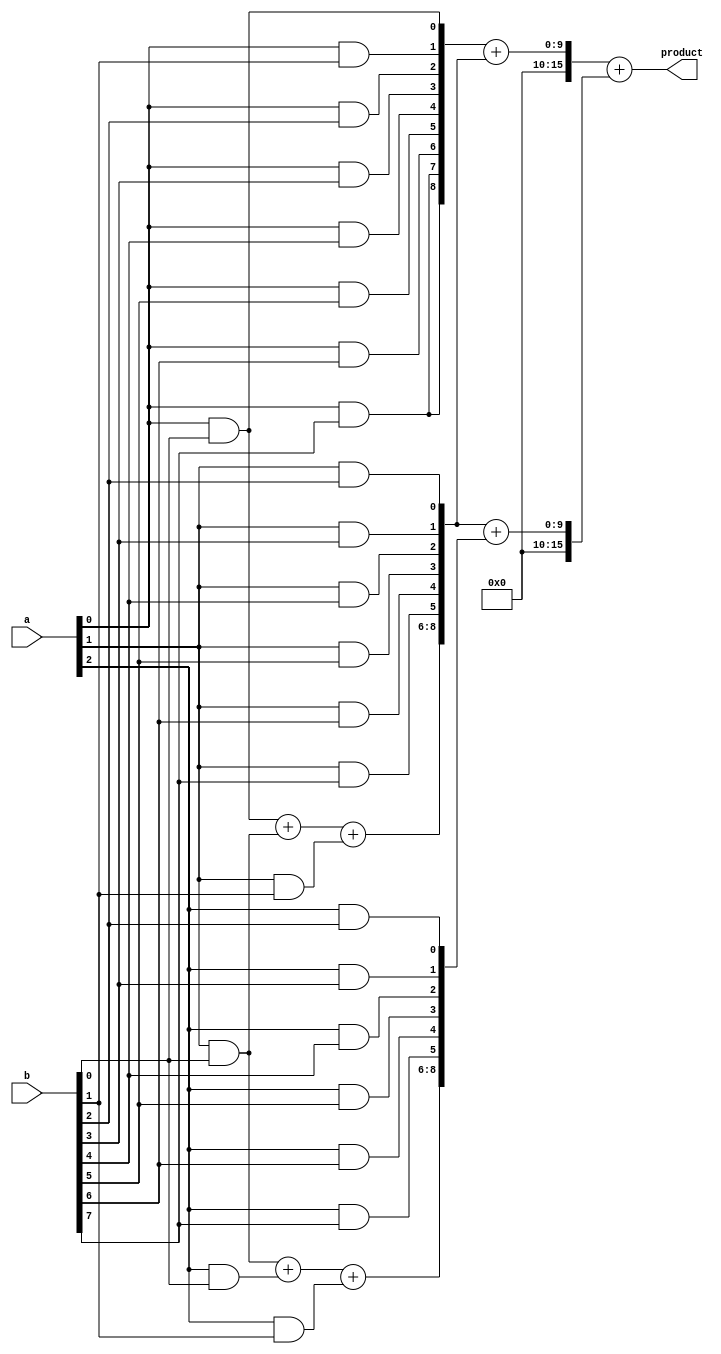
module scalable_wallace_tree_multiplier #(
    parameter N = 8  // Width of the operands (can be changed to 16, 32, etc.)
)(
    input  [N-1:0] a,   // First operand
    input  [N-1:0] b,   // Second operand
    output [2*N-1:0] product // Product output
);

// Partial product generation
wire [N-1:0] pp[N-1:0]; // Partial products
genvar i, j;
generate
    for (i = 0; i < N; i = i + 1) begin: partial_products
        for (j = 0; j < N; j = j + 1) begin: pp_gen
            assign pp[i][j] = a[i] & b[j];
        end
    end
endgenerate

// Wallace tree reduction
wire [2*N-1:0] stage1[N-1:0]; // First stage outputs
wire [2*N-1:0] stage2[N-2:0]; // Second stage outputs

// Stage 1: Group 3 bits using Full Adders and Half Adders
generate
    for (i = 0; i < N; i = i + 1) begin: stage1_reduction
        if (i == 0) begin
            assign stage1[i] = {pp[i][N-1], pp[i]} ; // No reduction on the first row
        end else begin
            // Sum next level with half and full adders
            wire [2:0] sum;
            wire carry;
            if (i < N - 1) begin
                assign {carry, sum} = pp[i-1][0] + pp[i][0] + pp[i][1]; // group of 3
                assign stage1[i] = {carry, sum, pp[i][2:N-1]};
            end else begin
                assign stage1[i] = pp[i]; // Last row
            end
        end
    end
endgenerate

// Stage 2: Reduce further
generate
    for (i = 0; i < N-1; i = i + 1) begin: stage2_reduction
        // Assuming a similar reduction process
        assign stage2[i] = stage1[i] + stage1[i+1]; // Simple addition for now
    end
endgenerate

// Final addition of the last stage to get the product
wire [2*N-1:0] final_sum;
assign final_sum = stage2[0] + stage2[1]; // Assume a simple two-input addition for demonstration

// Assign the final product
assign product = final_sum;

endmodule